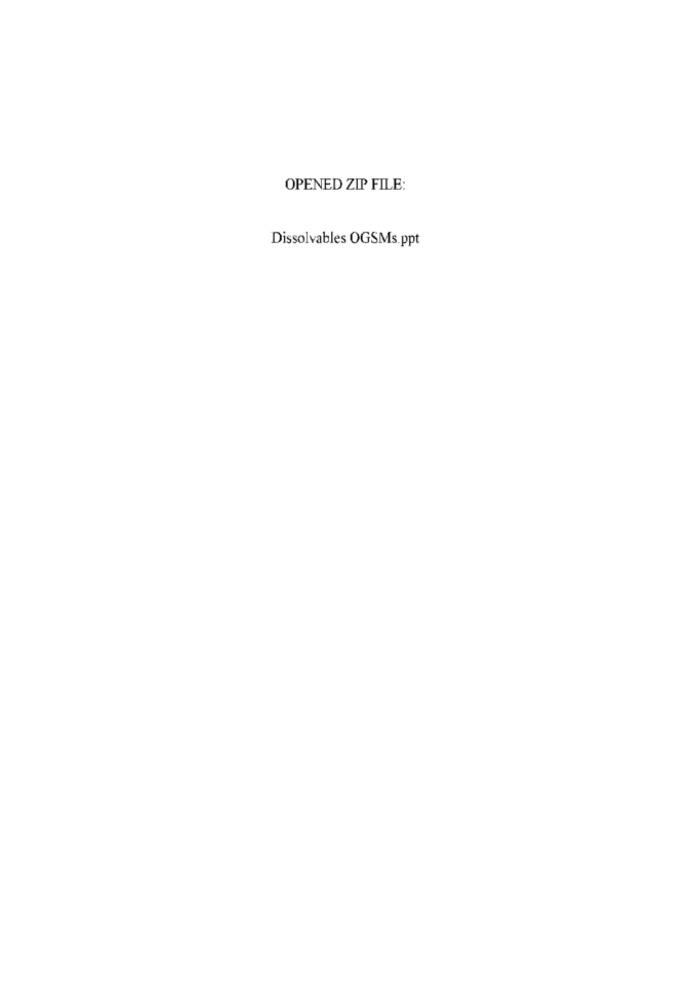
OPENED ZIP FILE:
Dissolvables OGSMs.ppt